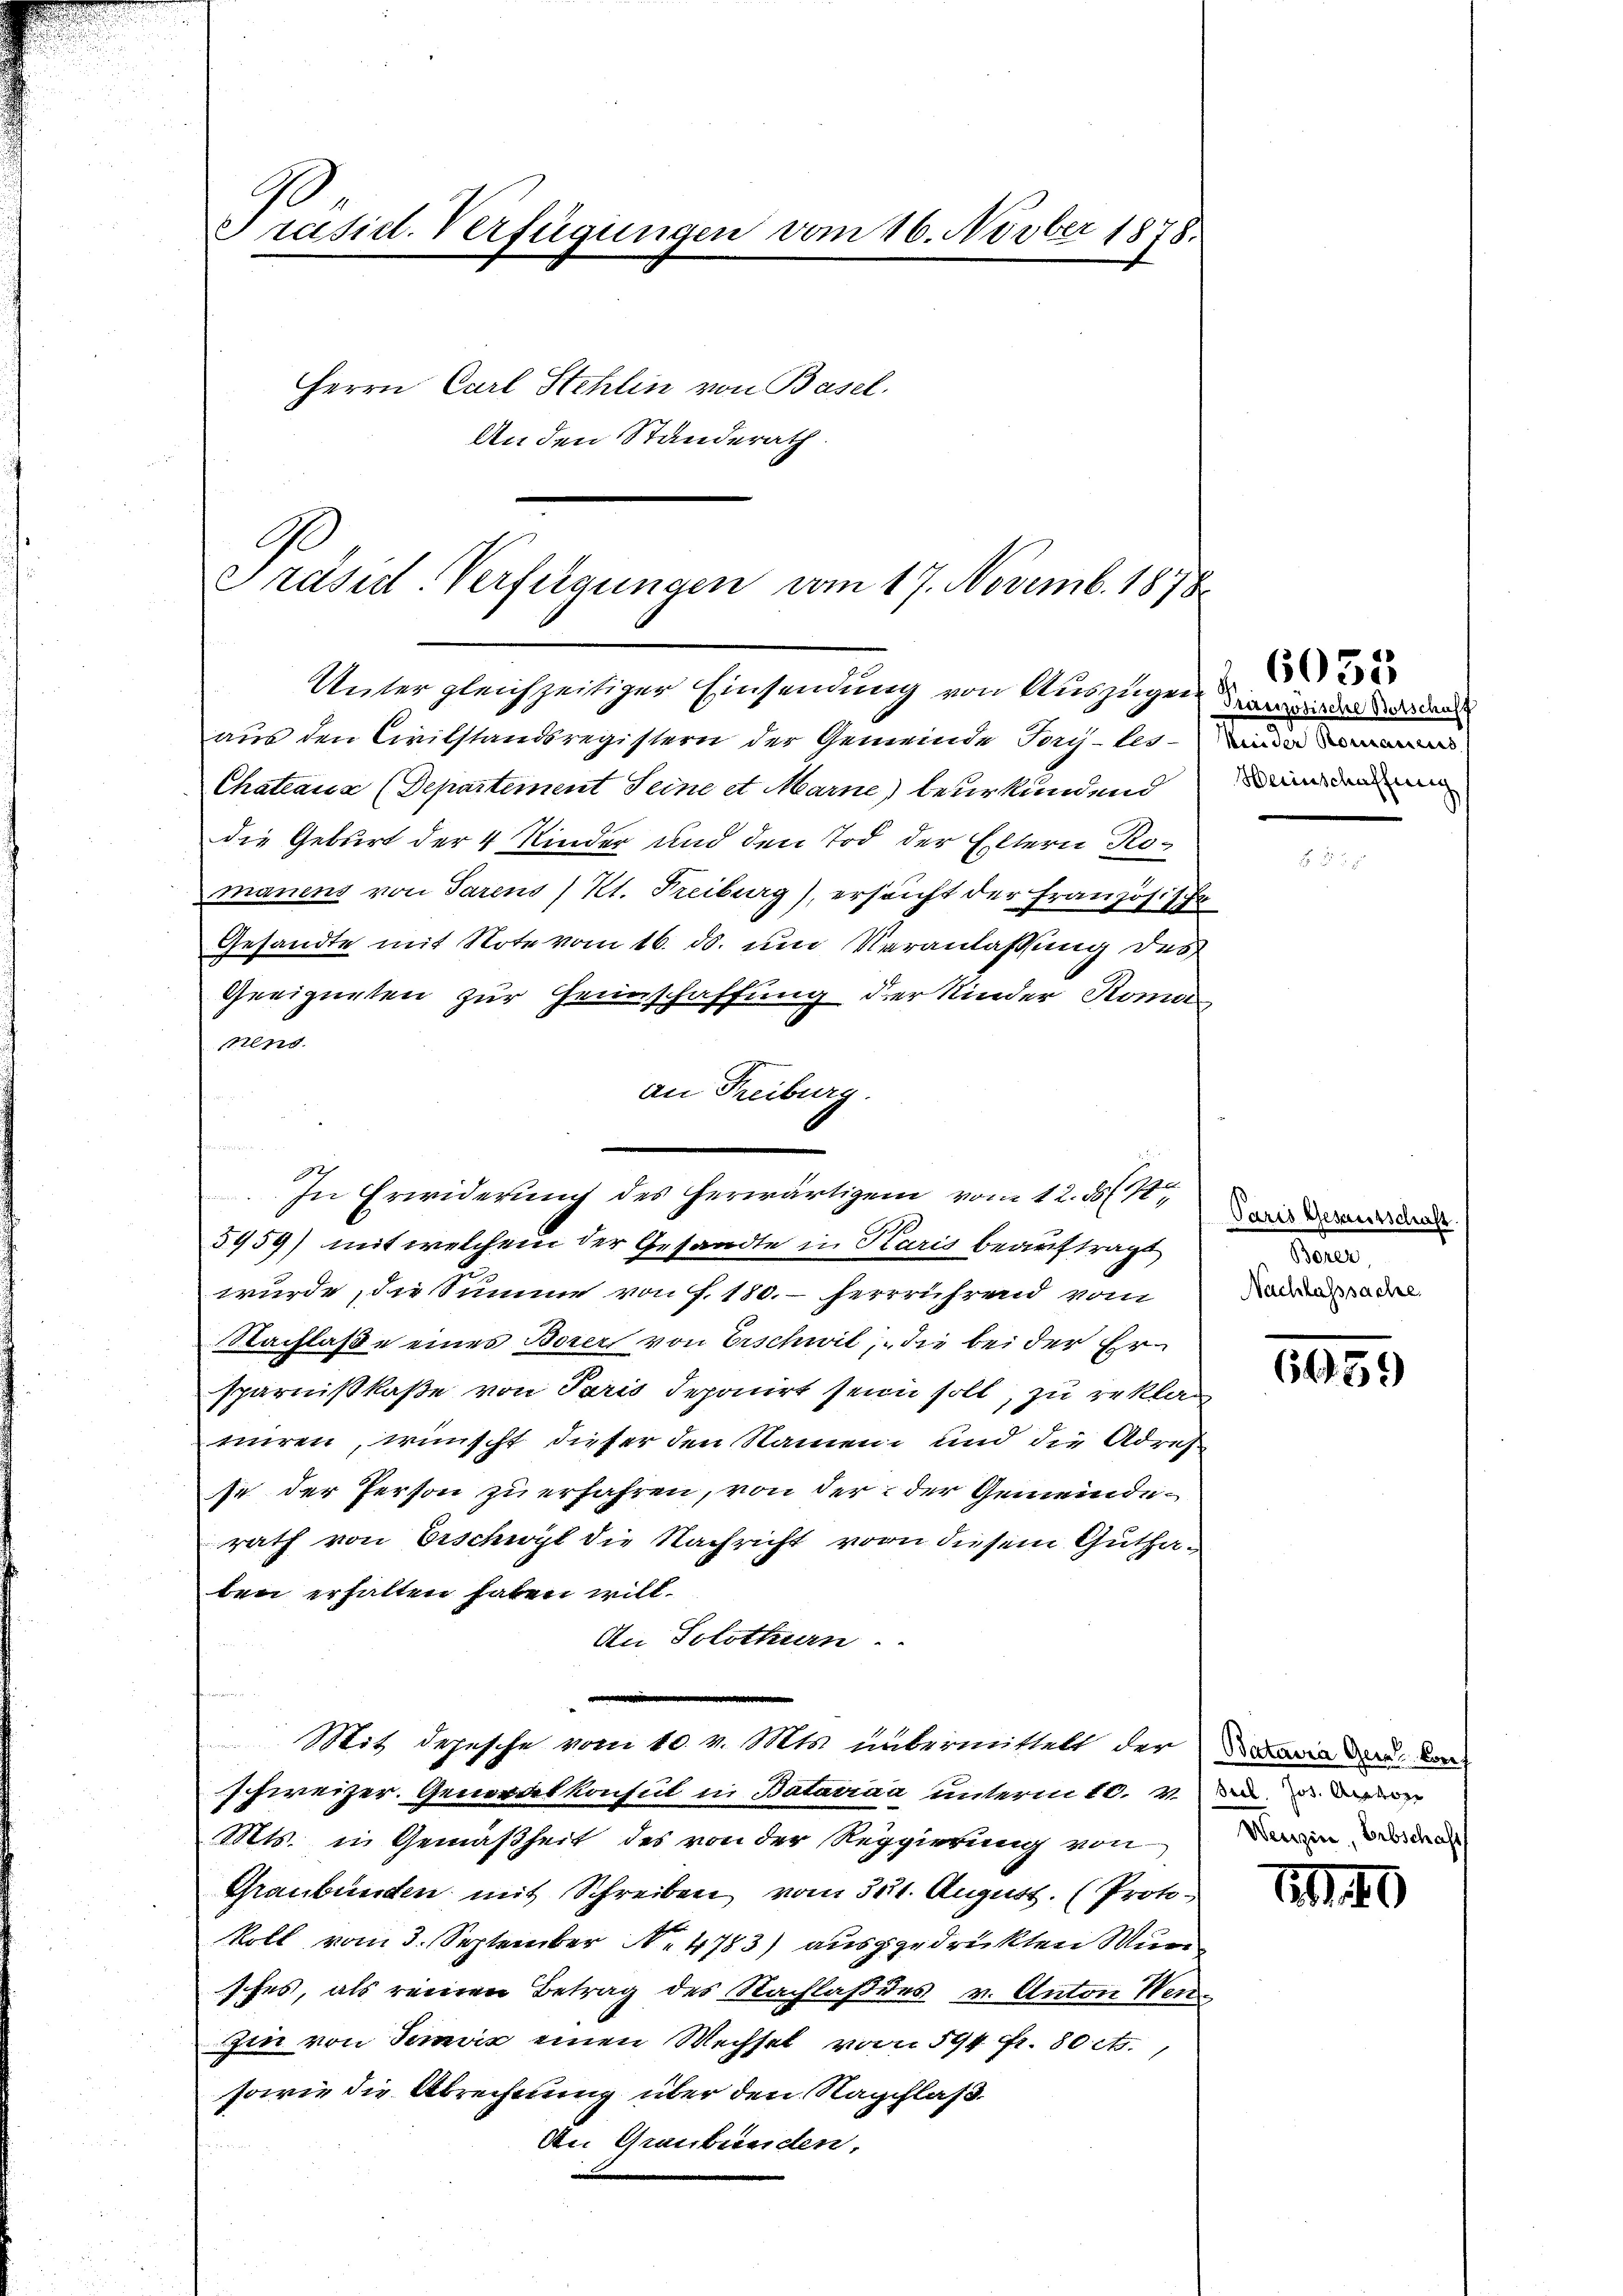
Präsid. Verfügungen vom 16. Novber 1878.
Herrn Carl Stehlin von Basel.
An den Standerath.

Präsid Verfügungen vom 17. Novemb. 1878
Untergleichzeitiger Einsendung von Auszügen werden der dan

aus den Civilstandsregistern der Gemeinde Jory-les-Kinde
Chateaua (Departement Seine et Marne) beurkundend dem anden
die Geburt der 4 Kinder und den Tod der Eltern Romanens von Parens / Kt. Freiburg), ersucht der Französischa
Gesandte mit Note vom 16. ds. um Veranlaßung des
Geeigneten zur Heimschaffung der Kinder Roma
fend
an Freiburg
e
2
In Erwiderung des herwärtigem vom 12. ds M
5459) mit welchem der Gesandte in Karis beauftragt
wurde, die Summe von f. 180. - herrrührend vom
Nachlaße eines Borers von Erschwil, die bei der Ersparnißkaße von Paris deponirt seine soll, zu reklag
miren, wünscht dieser den Namen und die Adres
se der Person zu erfahren, von der der Gemeinderath von Erschwyt die Nachricht von diesem Guthaben erhalten haben will.
An Solothurn.
u
Mit depesche vom 10. v. Mts. übermittelt der an der Verschweizer. Generdet konsul in Batairaa unterm 10. Ve
Mts. in Gemäßheit des von der Regierung von
Graubünden mit Schreiben vom 30t. August. (Protokoll vom 3. September N. 4783) ausgedrückten Wun
sches, als reinen Betrag des Nachlaß des v. Anton Wen
Zin von Serviz einen Wechsel von 544 fr. 80 c.,
sowie die Abrechnung über den Nachlaß
An Graubünden.

6035

Paris Gesantschaft.
Borer,
Nachlasssache.

6959

Weuzin, Erbschaft

1940